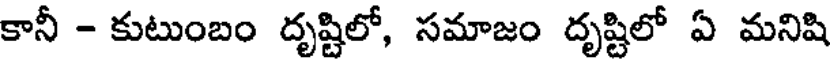
కానీ - కుటుంబం దృష్టిలో, సమాజం దృష్టిలో ఏ మనిషి